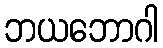
ဘယဘောဂါ